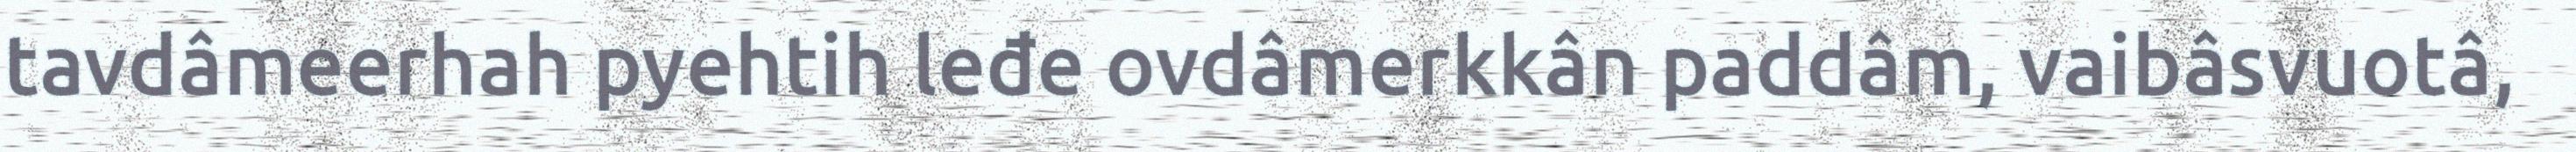
tavdâmeerhah pyehtih leđe ovdâmerkkân paddâm, vaibâsvuotâ,